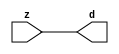

//------> ./rtl_mgc_ioport.v 
//------------------------------------------------------------------
//                M G C _ I O P O R T _ C O M P S
//------------------------------------------------------------------

//------------------------------------------------------------------
//                       M O D U L E S
//------------------------------------------------------------------

//------------------------------------------------------------------
//-- INPUT ENTITIES
//------------------------------------------------------------------

module mgc_in_wire (d, z);

  parameter integer rscid = 1;
  parameter integer width = 8;

  output [width-1:0] d;
  input  [width-1:0] z;

  wire   [width-1:0] d;

  assign d = z;

endmodule

//------------------------------------------------------------------

module mgc_in_wire_en (ld, d, lz, z);

  parameter integer rscid = 1;
  parameter integer width = 8;

  input              ld;
  output [width-1:0] d;
  output             lz;
  input  [width-1:0] z;

  wire   [width-1:0] d;
  wire               lz;

  assign d = z;
  assign lz = ld;

endmodule

//------------------------------------------------------------------

module mgc_in_wire_wait (ld, vd, d, lz, vz, z);

  parameter integer rscid = 1;
  parameter integer width = 8;

  input              ld;
  output             vd;
  output [width-1:0] d;
  output             lz;
  input              vz;
  input  [width-1:0] z;

  wire               vd;
  wire   [width-1:0] d;
  wire               lz;

  assign d = z;
  assign lz = ld;
  assign vd = vz;

endmodule
//------------------------------------------------------------------

module mgc_chan_in (ld, vd, d, lz, vz, z, size, req_size, sizez, sizelz);

  parameter integer rscid = 1;
  parameter integer width = 8;
  parameter integer sz_width = 8;

  input              ld;
  output             vd;
  output [width-1:0] d;
  output             lz;
  input              vz;
  input  [width-1:0] z;
  output [sz_width-1:0] size;
  input              req_size;
  input  [sz_width-1:0] sizez;
  output             sizelz;


  wire               vd;
  wire   [width-1:0] d;
  wire               lz;
  wire   [sz_width-1:0] size;
  wire               sizelz;

  assign d = z;
  assign lz = ld;
  assign vd = vz;
  assign size = sizez;
  assign sizelz = req_size;

endmodule


//------------------------------------------------------------------
//-- OUTPUT ENTITIES
//------------------------------------------------------------------

module mgc_out_stdreg (d, z);

  parameter integer rscid = 1;
  parameter integer width = 8;

  input    [width-1:0] d;
  output   [width-1:0] z;

  wire     [width-1:0] z;

  assign z = d;

endmodule

//------------------------------------------------------------------

module mgc_out_stdreg_en (ld, d, lz, z);

  parameter integer rscid = 1;
  parameter integer width = 8;

  input              ld;
  input  [width-1:0] d;
  output             lz;
  output [width-1:0] z;

  wire               lz;
  wire   [width-1:0] z;

  assign z = d;
  assign lz = ld;

endmodule

//------------------------------------------------------------------

module mgc_out_stdreg_wait (ld, vd, d, lz, vz, z);

  parameter integer rscid = 1;
  parameter integer width = 8;

  input              ld;
  output             vd;
  input  [width-1:0] d;
  output             lz;
  input              vz;
  output [width-1:0] z;

  wire               vd;
  wire               lz;
  wire   [width-1:0] z;

  assign z = d;
  assign lz = ld;
  assign vd = vz;

endmodule

//------------------------------------------------------------------

module mgc_out_prereg_en (ld, d, lz, z);

    parameter integer rscid = 1;
    parameter integer width = 8;

    input              ld;
    input  [width-1:0] d;
    output             lz;
    output [width-1:0] z;

    wire               lz;
    wire   [width-1:0] z;

    assign z = d;
    assign lz = ld;

endmodule

//------------------------------------------------------------------
//-- INOUT ENTITIES
//------------------------------------------------------------------

module mgc_inout_stdreg_en (ldin, din, ldout, dout, lzin, lzout, z);

    parameter integer rscid = 1;
    parameter integer width = 8;

    input              ldin;
    output [width-1:0] din;
    input              ldout;
    input  [width-1:0] dout;
    output             lzin;
    output             lzout;
    inout  [width-1:0] z;

    wire   [width-1:0] din;
    wire               lzin;
    wire               lzout;
    wire   [width-1:0] z;

    assign lzin = ldin;
    assign din = ldin ? z : {width{1'bz}};
    assign lzout = ldout;
    assign z = ldout ? dout : {width{1'bz}};

endmodule

//------------------------------------------------------------------
module hid_tribuf( I_SIG, ENABLE, O_SIG);
  parameter integer width = 8;

  input [width-1:0] I_SIG;
  input ENABLE;
  inout [width-1:0] O_SIG;

  assign O_SIG = (ENABLE) ? I_SIG : { width{1'bz}};

endmodule
//------------------------------------------------------------------

module mgc_inout_stdreg_wait (ldin, vdin, din, ldout, vdout, dout, lzin, vzin, lzout, vzout, z);

    parameter integer rscid = 1;
    parameter integer width = 8;

    input              ldin;
    output             vdin;
    output [width-1:0] din;
    input              ldout;
    output             vdout;
    input  [width-1:0] dout;
    output             lzin;
    input              vzin;
    output             lzout;
    input              vzout;
    inout  [width-1:0] z;

    wire               vdin;
    wire   [width-1:0] din;
    wire               vdout;
    wire               lzin;
    wire               lzout;
    wire   [width-1:0] z;
    wire   ldout_and_vzout;

    assign lzin = ldin;
    assign vdin = vzin;
    assign din = ldin ? z : {width{1'bz}};
    assign lzout = ldout;
    assign vdout = vzout ;
    assign ldout_and_vzout = ldout && vzout ;

    hid_tribuf #(width) tb( .I_SIG(dout),
                            .ENABLE(ldout_and_vzout),
                            .O_SIG(z) );

endmodule

//------------------------------------------------------------------

module mgc_inout_buf_wait (clk, en, arst, srst, ldin, vdin, din, ldout, vdout, dout, lzin, vzin, lzout, vzout, z);

    parameter integer rscid   = 0; // resource ID
    parameter integer width   = 8; // fifo width
    parameter         ph_clk  =  1'b1; // clock polarity 1=rising edge, 0=falling edge
    parameter         ph_en   =  1'b1; // clock enable polarity
    parameter         ph_arst =  1'b1; // async reset polarity
    parameter         ph_srst =  1'b1; // sync reset polarity

    input              clk;
    input              en;
    input              arst;
    input              srst;
    input              ldin;
    output             vdin;
    output [width-1:0] din;
    input              ldout;
    output             vdout;
    input  [width-1:0] dout;
    output             lzin;
    input              vzin;
    output             lzout;
    input              vzout;
    inout  [width-1:0] z;

    wire               lzout_buf;
    wire               vzout_buf;
    wire   [width-1:0] z_buf;
    wire               vdin;
    wire   [width-1:0] din;
    wire               vdout;
    wire               lzin;
    wire               lzout;
    wire   [width-1:0] z;

    assign lzin = ldin;
    assign vdin = vzin;
    assign din = ldin ? z : {width{1'bz}};
    assign lzout = lzout_buf & ~ldin;
    assign vzout_buf = vzout & ~ldin;
    hid_tribuf #(width) tb( .I_SIG(z_buf),
                            .ENABLE((lzout_buf && (!ldin) && vzout) ),
                            .O_SIG(z)  );

    mgc_out_buf_wait
    #(
        .rscid   (rscid),
        .width   (width),
        .ph_clk  (ph_clk),
        .ph_en   (ph_en),
        .ph_arst (ph_arst),
        .ph_srst (ph_srst)
    )
    BUFF
    (
        .clk     (clk),
        .en      (en),
        .arst    (arst),
        .srst    (srst),
        .ld      (ldout),
        .vd      (vdout),
        .d       (dout),
        .lz      (lzout_buf),
        .vz      (vzout_buf),
        .z       (z_buf)
    );


endmodule

module mgc_inout_fifo_wait (clk, en, arst, srst, ldin, vdin, din, ldout, vdout, dout, lzin, vzin, lzout, vzout, z);

    parameter integer rscid   = 0; // resource ID
    parameter integer width   = 8; // fifo width
    parameter integer fifo_sz = 8; // fifo depth
    parameter         ph_clk  = 1'b1;  // clock polarity 1=rising edge, 0=falling edge
    parameter         ph_en   = 1'b1;  // clock enable polarity
    parameter         ph_arst = 1'b1;  // async reset polarity
    parameter         ph_srst = 1'b1;  // sync reset polarity
    parameter integer ph_log2 = 3;     // log2(fifo_sz)
    parameter integer pwropt  = 0;     // pwropt

    input              clk;
    input              en;
    input              arst;
    input              srst;
    input              ldin;
    output             vdin;
    output [width-1:0] din;
    input              ldout;
    output             vdout;
    input  [width-1:0] dout;
    output             lzin;
    input              vzin;
    output             lzout;
    input              vzout;
    inout  [width-1:0] z;

    wire               lzout_buf;
    wire               vzout_buf;
    wire   [width-1:0] z_buf;
    wire               comb;
    wire               vdin;
    wire   [width-1:0] din;
    wire               vdout;
    wire               lzin;
    wire               lzout;
    wire   [width-1:0] z;

    assign lzin = ldin;
    assign vdin = vzin;
    assign din = ldin ? z : {width{1'bz}};
    assign lzout = lzout_buf & ~ldin;
    assign vzout_buf = vzout & ~ldin;
    assign comb = (lzout_buf && (!ldin) && vzout);

    hid_tribuf #(width) tb2( .I_SIG(z_buf), .ENABLE(comb), .O_SIG(z)  );

    mgc_out_fifo_wait
    #(
        .rscid   (rscid),
        .width   (width),
        .fifo_sz (fifo_sz),
        .ph_clk  (ph_clk),
        .ph_en   (ph_en),
        .ph_arst (ph_arst),
        .ph_srst (ph_srst),
        .ph_log2 (ph_log2),
        .pwropt  (pwropt)
    )
    FIFO
    (
        .clk   (clk),
        .en      (en),
        .arst    (arst),
        .srst    (srst),
        .ld      (ldout),
        .vd      (vdout),
        .d       (dout),
        .lz      (lzout_buf),
        .vz      (vzout_buf),
        .z       (z_buf)
    );

endmodule

//------------------------------------------------------------------
//-- I/O SYNCHRONIZATION ENTITIES
//------------------------------------------------------------------

module mgc_io_sync (ld, lz);

    input  ld;
    output lz;

    assign lz = ld;

endmodule

module mgc_bsync_rdy (rd, rz);

    parameter integer rscid   = 0; // resource ID
    parameter ready = 1;
    parameter valid = 0;

    input  rd;
    output rz;

    wire   rz;

    assign rz = rd;

endmodule

module mgc_bsync_vld (vd, vz);

    parameter integer rscid   = 0; // resource ID
    parameter ready = 0;
    parameter valid = 1;

    output vd;
    input  vz;

    wire   vd;

    assign vd = vz;

endmodule

module mgc_bsync_rv (rd, vd, rz, vz);

    parameter integer rscid   = 0; // resource ID
    parameter ready = 1;
    parameter valid = 1;

    input  rd;
    output vd;
    output rz;
    input  vz;

    wire   vd;
    wire   rz;

    assign rz = rd;
    assign vd = vz;

endmodule

//------------------------------------------------------------------

module mgc_sync (ldin, vdin, ldout, vdout);

  input  ldin;
  output vdin;
  input  ldout;
  output vdout;

  wire   vdin;
  wire   vdout;

  assign vdin = ldout;
  assign vdout = ldin;

endmodule

///////////////////////////////////////////////////////////////////////////////
// dummy function used to preserve funccalls for modulario
// it looks like a memory read to the caller
///////////////////////////////////////////////////////////////////////////////
module funccall_inout (d, ad, bd, z, az, bz);

  parameter integer ram_id = 1;
  parameter integer width = 8;
  parameter integer addr_width = 8;

  output [width-1:0]       d;
  input  [addr_width-1:0]  ad;
  input                    bd;
  input  [width-1:0]       z;
  output [addr_width-1:0]  az;
  output                   bz;

  wire   [width-1:0]       d;
  wire   [addr_width-1:0]  az;
  wire                     bz;

  assign d  = z;
  assign az = ad;
  assign bz = bd;

endmodule


///////////////////////////////////////////////////////////////////////////////
// inlinable modular io not otherwise found in mgc_ioport
///////////////////////////////////////////////////////////////////////////////

module modulario_en_in (vd, d, vz, z);

  parameter integer rscid = 1;
  parameter integer width = 8;

  output             vd;
  output [width-1:0] d;
  input              vz;
  input  [width-1:0] z;

  wire   [width-1:0] d;
  wire               vd;

  assign d = z;
  assign vd = vz;

endmodule

//------> ./rtl_mgc_ioport_v2001.v 
//------------------------------------------------------------------

module mgc_out_reg_pos (clk, en, arst, srst, ld, d, lz, z);

    parameter integer rscid   = 1;
    parameter integer width   = 8;
    parameter         ph_en   =  1'b1;
    parameter         ph_arst =  1'b1;
    parameter         ph_srst =  1'b1;

    input              clk;
    input              en;
    input              arst;
    input              srst;
    input              ld;
    input  [width-1:0] d;
    output             lz;
    output [width-1:0] z;

    reg                lz;
    reg    [width-1:0] z;

    generate
    if (ph_arst == 1'b0)
    begin: NEG_ARST
        always @(posedge clk or negedge arst)
        if (arst == 1'b0)
        begin: B1
            lz <= 1'b0;
            z  <= {width{1'b0}};
        end
        else if (srst == ph_srst)
        begin: B2
            lz <= 1'b0;
            z  <= {width{1'b0}};
        end
        else if (en == ph_en)
        begin: B3
            lz <= ld;
            z  <= (ld) ? d : z;
        end
    end
    else
    begin: POS_ARST
        always @(posedge clk or posedge arst)
        if (arst == 1'b1)
        begin: B1
            lz <= 1'b0;
            z  <= {width{1'b0}};
        end
        else if (srst == ph_srst)
        begin: B2
            lz <= 1'b0;
            z  <= {width{1'b0}};
        end
        else if (en == ph_en)
        begin: B3
            lz <= ld;
            z  <= (ld) ? d : z;
        end
    end
    endgenerate

endmodule

//------------------------------------------------------------------

module mgc_out_reg_neg (clk, en, arst, srst, ld, d, lz, z);

    parameter integer rscid   = 1;
    parameter integer width   = 8;
    parameter         ph_en   =  1'b1;
    parameter         ph_arst =  1'b1;
    parameter         ph_srst =  1'b1;

    input              clk;
    input              en;
    input              arst;
    input              srst;
    input              ld;
    input  [width-1:0] d;
    output             lz;
    output [width-1:0] z;

    reg                lz;
    reg    [width-1:0] z;

    generate
    if (ph_arst == 1'b0)
    begin: NEG_ARST
        always @(negedge clk or negedge arst)
        if (arst == 1'b0)
        begin: B1
            lz <= 1'b0;
            z  <= {width{1'b0}};
        end
        else if (srst == ph_srst)
        begin: B2
            lz <= 1'b0;
            z  <= {width{1'b0}};
        end
        else if (en == ph_en)
        begin: B3
            lz <= ld;
            z  <= (ld) ? d : z;
        end
    end
    else
    begin: POS_ARST
        always @(negedge clk or posedge arst)
        if (arst == 1'b1)
        begin: B1
            lz <= 1'b0;
            z  <= {width{1'b0}};
        end
        else if (srst == ph_srst)
        begin: B2
            lz <= 1'b0;
            z  <= {width{1'b0}};
        end
        else if (en == ph_en)
        begin: B3
            lz <= ld;
            z  <= (ld) ? d : z;
        end
    end
    endgenerate

endmodule

//------------------------------------------------------------------

module mgc_out_reg (clk, en, arst, srst, ld, d, lz, z); // Not Supported

    parameter integer rscid   = 1;
    parameter integer width   = 8;
    parameter         ph_clk  =  1'b1;
    parameter         ph_en   =  1'b1;
    parameter         ph_arst =  1'b1;
    parameter         ph_srst =  1'b1;

    input              clk;
    input              en;
    input              arst;
    input              srst;
    input              ld;
    input  [width-1:0] d;
    output             lz;
    output [width-1:0] z;


    generate
    if (ph_clk == 1'b0)
    begin: NEG_EDGE

        mgc_out_reg_neg
        #(
            .rscid   (rscid),
            .width   (width),
            .ph_en   (ph_en),
            .ph_arst (ph_arst),
            .ph_srst (ph_srst)
        )
        mgc_out_reg_neg_inst
        (
            .clk     (clk),
            .en      (en),
            .arst    (arst),
            .srst    (srst),
            .ld      (ld),
            .d       (d),
            .lz      (lz),
            .z       (z)
        );

    end
    else
    begin: POS_EDGE

        mgc_out_reg_pos
        #(
            .rscid   (rscid),
            .width   (width),
            .ph_en   (ph_en),
            .ph_arst (ph_arst),
            .ph_srst (ph_srst)
        )
        mgc_out_reg_pos_inst
        (
            .clk     (clk),
            .en      (en),
            .arst    (arst),
            .srst    (srst),
            .ld      (ld),
            .d       (d),
            .lz      (lz),
            .z       (z)
        );

    end
    endgenerate

endmodule




//------------------------------------------------------------------

module mgc_out_buf_wait (clk, en, arst, srst, ld, vd, d, vz, lz, z); // Not supported

    parameter integer rscid   = 1;
    parameter integer width   = 8;
    parameter         ph_clk  =  1'b1;
    parameter         ph_en   =  1'b1;
    parameter         ph_arst =  1'b1;
    parameter         ph_srst =  1'b1;

    input              clk;
    input              en;
    input              arst;
    input              srst;
    input              ld;
    output             vd;
    input  [width-1:0] d;
    output             lz;
    input              vz;
    output [width-1:0] z;

    wire               filled;
    wire               filled_next;
    wire   [width-1:0] abuf;
    wire               lbuf;


    assign filled_next = (filled & (~vz)) | (filled & ld) | (ld & (~vz));

    assign lbuf = ld & ~(filled ^ vz);

    assign vd = vz | ~filled;

    assign lz = ld | filled;

    assign z = (filled) ? abuf : d;

    wire dummy;
    wire dummy_bufreg_lz;

    // Output registers:
    mgc_out_reg
    #(
        .rscid   (rscid),
        .width   (1'b1),
        .ph_clk  (ph_clk),
        .ph_en   (ph_en),
        .ph_arst (ph_arst),
        .ph_srst (ph_srst)
    )
    STATREG
    (
        .clk     (clk),
        .en      (en),
        .arst    (arst),
        .srst    (srst),
        .ld      (filled_next),
        .d       (1'b0),       // input d is unused
        .lz      (filled),
        .z       (dummy)            // output z is unused
    );

    mgc_out_reg
    #(
        .rscid   (rscid),
        .width   (width),
        .ph_clk  (ph_clk),
        .ph_en   (ph_en),
        .ph_arst (ph_arst),
        .ph_srst (ph_srst)
    )
    BUFREG
    (
        .clk     (clk),
        .en      (en),
        .arst    (arst),
        .srst    (srst),
        .ld      (lbuf),
        .d       (d),
        .lz      (dummy_bufreg_lz),
        .z       (abuf)
    );

endmodule

//------------------------------------------------------------------

module mgc_out_fifo_wait (clk, en, arst, srst, ld, vd, d, lz, vz,  z);

    parameter integer rscid   = 0; // resource ID
    parameter integer width   = 8; // fifo width
    parameter integer fifo_sz = 8; // fifo depth
    parameter         ph_clk  = 1'b1; // clock polarity 1=rising edge, 0=falling edge
    parameter         ph_en   = 1'b1; // clock enable polarity
    parameter         ph_arst = 1'b1; // async reset polarity
    parameter         ph_srst = 1'b1; // sync reset polarity
    parameter integer ph_log2 = 3; // log2(fifo_sz)
    parameter integer pwropt  = 0; // pwropt


    input                 clk;
    input                 en;
    input                 arst;
    input                 srst;
    input                 ld;    // load data
    output                vd;    // fifo full active low
    input     [width-1:0] d;
    output                lz;    // fifo ready to send
    input                 vz;    // dest ready for data
    output    [width-1:0] z;

    wire    [31:0]      size;


      // Output registers:
 mgc_out_fifo_wait_core#(
        .rscid   (rscid),
        .width   (width),
        .sz_width (32),
        .fifo_sz (fifo_sz),
        .ph_clk  (ph_clk),
        .ph_en   (ph_en),
        .ph_arst (ph_arst),
        .ph_srst (ph_srst),
        .ph_log2 (ph_log2),
        .pwropt  (pwropt)
        ) CORE (
        .clk (clk),
        .en (en),
        .arst (arst),
        .srst (srst),
        .ld (ld),
        .vd (vd),
        .d (d),
        .lz (lz),
        .vz (vz),
        .z (z),
        .size (size)
        );

endmodule



module mgc_out_fifo_wait_core (clk, en, arst, srst, ld, vd, d, lz, vz,  z, size);

    parameter integer rscid   = 0; // resource ID
    parameter integer width   = 8; // fifo width
    parameter integer sz_width = 8; // size of port for elements in fifo
    parameter integer fifo_sz = 8; // fifo depth
    parameter         ph_clk  =  1'b1; // clock polarity 1=rising edge, 0=falling edge
    parameter         ph_en   =  1'b1; // clock enable polarity
    parameter         ph_arst =  1'b1; // async reset polarity
    parameter         ph_srst =  1'b1; // sync reset polarity
    parameter integer ph_log2 = 3; // log2(fifo_sz)
    parameter integer pwropt  = 0; // pwropt

   localparam integer  fifo_b = width * fifo_sz;

    input                 clk;
    input                 en;
    input                 arst;
    input                 srst;
    input                 ld;    // load data
    output                vd;    // fifo full active low
    input     [width-1:0] d;
    output                lz;    // fifo ready to send
    input                 vz;    // dest ready for data
    output    [width-1:0] z;
    output    [sz_width-1:0]      size;

    reg      [( (fifo_sz > 0) ? fifo_sz : 1)-1:0] stat_pre;
    wire     [( (fifo_sz > 0) ? fifo_sz : 1)-1:0] stat;
    reg      [( (fifo_b > 0) ? fifo_b : 1)-1:0] buff_pre;
    wire     [( (fifo_b > 0) ? fifo_b : 1)-1:0] buff;
    reg      [( (fifo_sz > 0) ? fifo_sz : 1)-1:0] en_l;
    reg      [(((fifo_sz > 0) ? fifo_sz : 1)-1)/8:0] en_l_s;

    reg       [width-1:0] buff_nxt;

    reg                   stat_nxt;
    reg                   stat_before;
    reg                   stat_after;
    reg                   en_l_var;

    integer               i;
    genvar                eni;

    wire [32:0]           size_t;
    reg [31:0]            count;
    reg [31:0]            count_t;
    reg [32:0]            n_elem;
// pragma translate_off
    reg [31:0]            peak;
// pragma translate_on

    wire [( (fifo_sz > 0) ? fifo_sz : 1)-1:0] dummy_statreg_lz;
    wire [( (fifo_b > 0) ? fifo_b : 1)-1:0] dummy_bufreg_lz;

    generate
    if ( fifo_sz > 0 )
    begin: FIFO_REG
      assign vd = vz | ~stat[0];
      assign lz = ld | stat[fifo_sz-1];
      assign size_t = (count - (vz && stat[fifo_sz-1])) + ld;
      assign size = size_t[sz_width-1:0];
      assign z = (stat[fifo_sz-1]) ? buff[fifo_b-1:width*(fifo_sz-1)] : d;

      always @(*)
      begin: FIFOPROC
        n_elem = 33'b0;
        for (i = fifo_sz-1; i >= 0; i = i - 1)
        begin
          if (i != 0)
            stat_before = stat[i-1];
          else
            stat_before = 1'b0;

          if (i != (fifo_sz-1))
            stat_after = stat[i+1];
          else
            stat_after = 1'b1;

          stat_nxt = stat_after &
                    (stat_before | (stat[i] & (~vz)) | (stat[i] & ld) | (ld & (~vz)));

          stat_pre[i] = stat_nxt;
          en_l_var = 1'b1;
          if (!stat_nxt)
            begin
              buff_nxt = {width{1'b0}};
              en_l_var = 1'b0;
            end
          else if (vz && stat_before)
            buff_nxt[0+:width] = buff[width*(i-1)+:width];
          else if (ld && !((vz && stat_before) || ((!vz) && stat[i])))
            buff_nxt = d;
          else
            begin
              if (pwropt == 0)
                buff_nxt[0+:width] = buff[width*i+:width];
              else
                buff_nxt = {width{1'b0}};
              en_l_var = 1'b0;
            end

          if (ph_en != 0)
            en_l[i] = en & en_l_var;
          else
            en_l[i] = en | ~en_l_var;

          buff_pre[width*i+:width] = buff_nxt[0+:width];

          if ((stat_after == 1'b1) && (stat[i] == 1'b0))
            n_elem = ($unsigned(fifo_sz) - 1) - i;
        end

        if (ph_en != 0)
          en_l_s[(((fifo_sz > 0) ? fifo_sz : 1)-1)/8] = 1'b1;
        else
          en_l_s[(((fifo_sz > 0) ? fifo_sz : 1)-1)/8] = 1'b0;

        for (i = fifo_sz-1; i >= 7; i = i - 1)
        begin
          if ((i%'d2) == 0)
          begin
            if (ph_en != 0)
              en_l_s[(i/8)-1] = en & (stat[i]|stat_pre[i-1]);
            else
              en_l_s[(i/8)-1] = en | ~(stat[i]|stat_pre[i-1]);
          end
        end

        if ( stat[fifo_sz-1] == 1'b0 )
          count_t = 32'b0;
        else if ( stat[0] == 1'b1 )
          count_t = { {(32-ph_log2){1'b0}}, fifo_sz};
        else
          count_t = n_elem[31:0];
        count = count_t;
// pragma translate_off
        if ( peak < count )
          peak = count;
// pragma translate_on
      end

      if (pwropt == 0)
      begin: NOCGFIFO
        // Output registers:
        mgc_out_reg
        #(
            .rscid   (rscid),
            .width   (fifo_sz),
            .ph_clk  (ph_clk),
            .ph_en   (ph_en),
            .ph_arst (ph_arst),
            .ph_srst (ph_srst)
        )
        STATREG
        (
            .clk     (clk),
            .en      (en),
            .arst    (arst),
            .srst    (srst),
            .ld      (1'b1),
            .d       (stat_pre),
            .lz      (dummy_statreg_lz[0]),
            .z       (stat)
        );
        mgc_out_reg
        #(
            .rscid   (rscid),
            .width   (fifo_b),
            .ph_clk  (ph_clk),
            .ph_en   (ph_en),
            .ph_arst (ph_arst),
            .ph_srst (ph_srst)
        )
        BUFREG
        (
            .clk     (clk),
            .en      (en),
            .arst    (arst),
            .srst    (srst),
            .ld      (1'b1),
            .d       (buff_pre),
            .lz      (dummy_bufreg_lz[0]),
            .z       (buff)
        );
      end
      else
      begin: CGFIFO
        // Output registers:
        if ( pwropt > 1)
        begin: CGSTATFIFO2
          for (eni = fifo_sz-1; eni >= 0; eni = eni - 1)
          begin: pwroptGEN1
            mgc_out_reg
            #(
              .rscid   (rscid),
              .width   (1),
              .ph_clk  (ph_clk),
              .ph_en   (ph_en),
              .ph_arst (ph_arst),
              .ph_srst (ph_srst)
            )
            STATREG
            (
              .clk     (clk),
              .en      (en_l_s[eni/8]),
              .arst    (arst),
              .srst    (srst),
              .ld      (1'b1),
              .d       (stat_pre[eni]),
              .lz      (dummy_statreg_lz[eni]),
              .z       (stat[eni])
            );
          end
        end
        else
        begin: CGSTATFIFO
          mgc_out_reg
          #(
            .rscid   (rscid),
            .width   (fifo_sz),
            .ph_clk  (ph_clk),
            .ph_en   (ph_en),
            .ph_arst (ph_arst),
            .ph_srst (ph_srst)
          )
          STATREG
          (
            .clk     (clk),
            .en      (en),
            .arst    (arst),
            .srst    (srst),
            .ld      (1'b1),
            .d       (stat_pre),
            .lz      (dummy_statreg_lz[0]),
            .z       (stat)
          );
        end
        for (eni = fifo_sz-1; eni >= 0; eni = eni - 1)
        begin: pwroptGEN2
          mgc_out_reg
          #(
            .rscid   (rscid),
            .width   (width),
            .ph_clk  (ph_clk),
            .ph_en   (ph_en),
            .ph_arst (ph_arst),
            .ph_srst (ph_srst)
          )
          BUFREG
          (
            .clk     (clk),
            .en      (en_l[eni]),
            .arst    (arst),
            .srst    (srst),
            .ld      (1'b1),
            .d       (buff_pre[width*eni+:width]),
            .lz      (dummy_bufreg_lz[eni]),
            .z       (buff[width*eni+:width])
          );
        end
      end
    end
    else
    begin: FEED_THRU
      assign vd = vz;
      assign lz = ld;
      assign z = d;
      assign size = ld && !vz;
    end
    endgenerate

endmodule

//------------------------------------------------------------------
//-- PIPE ENTITIES
//------------------------------------------------------------------
/*
 *
 *             _______________________________________________
 * WRITER    |                                               |          READER
 *           |           MGC_PIPE                            |
 *           |           __________________________          |
 *        --<| vdout  --<| vd ---------------  vz<|-----ldin<|---
 *           |           |      FIFO              |          |
 *        ---|>ldout  ---|>ld ---------------- lz |> ---vdin |>--
 *        ---|>dout -----|>d  ---------------- dz |> ----din |>--
 *           |           |________________________|          |
 *           |_______________________________________________|
 */
// two clock pipe
module mgc_pipe (clk, en, arst, srst, ldin, vdin, din, ldout, vdout, dout, size, req_size);

    parameter integer rscid   = 0; // resource ID
    parameter integer width   = 8; // fifo width
    parameter integer sz_width = 8; // width of size of elements in fifo
    parameter integer fifo_sz = 8; // fifo depth
    parameter integer log2_sz = 3; // log2(fifo_sz)
    parameter         ph_clk  = 1'b1;  // clock polarity 1=rising edge, 0=falling edge
    parameter         ph_en   = 1'b1;  // clock enable polarity
    parameter         ph_arst = 1'b1;  // async reset polarity
    parameter         ph_srst = 1'b1;  // sync reset polarity
    parameter integer pwropt  = 0; // pwropt

    input              clk;
    input              en;
    input              arst;
    input              srst;
    input              ldin;
    output             vdin;
    output [width-1:0] din;
    input              ldout;
    output             vdout;
    input  [width-1:0] dout;
    output [sz_width-1:0]      size;
    input              req_size;


    mgc_out_fifo_wait_core
    #(
        .rscid    (rscid),
        .width    (width),
        .sz_width (sz_width),
        .fifo_sz  (fifo_sz),
        .ph_clk   (ph_clk),
        .ph_en    (ph_en),
        .ph_arst  (ph_arst),
        .ph_srst  (ph_srst),
        .ph_log2  (log2_sz),
        .pwropt   (pwropt)
    )
    FIFO
    (
        .clk     (clk),
        .en      (en),
        .arst    (arst),
        .srst    (srst),
        .ld      (ldout),
        .vd      (vdout),
        .d       (dout),
        .lz      (vdin),
        .vz      (ldin),
        .z       (din),
        .size    (size)
    );

endmodule


//------> ./rtl.v 
// ----------------------------------------------------------------------
//  HLS HDL:        Verilog Netlister
//  HLS Version:    2011a.126 Production Release
//  HLS Date:       Wed Aug  8 00:52:07 PDT 2012
// 
//  Generated by:   jb914@EEWS104A-014
//  Generated date: Wed May 06 14:03:43 2015
// ----------------------------------------------------------------------

// 
// ------------------------------------------------------------------
//  Design Unit:    blue_tint_core_fsm
//  FSM Module
// ------------------------------------------------------------------


module blue_tint_core_fsm (
  clk, en, arst_n, fsm_output
);
  input clk;
  input en;
  input arst_n;
  output [1:0] fsm_output;
  reg [1:0] fsm_output;


  // FSM State Type Declaration for blue_tint_core_fsm_1
  parameter
    st_main = 1'd0,
    st_main_1 = 1'd1,
    state_x = 1'b0;

  reg [0:0] state_var;
  reg [0:0] state_var_NS;


  // Interconnect Declarations for Component Instantiations 
  always @(*)
  begin : blue_tint_core_fsm_1
    case (state_var)
      st_main : begin
        fsm_output = 2'b1;
        state_var_NS = st_main_1;
      end
      st_main_1 : begin
        fsm_output = 2'b10;
        state_var_NS = st_main;
      end
      default : begin
        fsm_output = 2'b00;
        state_var_NS = st_main;
      end
    endcase
  end

  always @(posedge clk or negedge arst_n) begin
    if ( ~ arst_n ) begin
      state_var <= st_main;
    end
    else if ( en ) begin
      state_var <= state_var_NS;
    end
  end

endmodule

// ------------------------------------------------------------------
//  Design Unit:    blue_tint_core
// ------------------------------------------------------------------


module blue_tint_core (
  clk, en, arst_n, video_in_rsc_mgc_in_wire_d, video_out_rsc_mgc_out_stdreg_d, mouse_xy_rsc_mgc_in_wire_d
);
  input clk;
  input en;
  input arst_n;
  input [29:0] video_in_rsc_mgc_in_wire_d;
  output [29:0] video_out_rsc_mgc_out_stdreg_d;
  reg [29:0] video_out_rsc_mgc_out_stdreg_d;
  input [19:0] mouse_xy_rsc_mgc_in_wire_d;


  // Interconnect Declarations
  wire [1:0] fsm_output;
  wire [10:0] else_else_acc_4_itm;
  wire [11:0] nl_else_else_acc_4_itm;
  wire [10:0] else_else_acc_6_itm;
  wire [11:0] nl_else_else_acc_6_itm;


  // Interconnect Declarations for Component Instantiations 
  blue_tint_core_fsm blue_tint_core_fsm_inst (
      .clk(clk),
      .en(en),
      .arst_n(arst_n),
      .fsm_output(fsm_output)
    );
  assign nl_else_else_acc_4_itm = conv_u2u_10_11({(video_in_rsc_mgc_in_wire_d[29:21])
      , 1'b1}) + conv_s2u_10_11({1'b1 , (~ (mouse_xy_rsc_mgc_in_wire_d[8:1])) , 1'b1});
  assign else_else_acc_4_itm = nl_else_else_acc_4_itm[10:0];
  assign nl_else_else_acc_6_itm = conv_u2u_10_11({(video_in_rsc_mgc_in_wire_d[19:11])
      , 1'b1}) + conv_s2u_10_11({1'b1 , (~ (mouse_xy_rsc_mgc_in_wire_d[8:1])) , 1'b1});
  assign else_else_acc_6_itm = nl_else_else_acc_6_itm[10:0];
  always @(posedge clk or negedge arst_n) begin
    if ( ~ arst_n ) begin
      video_out_rsc_mgc_out_stdreg_d <= 30'b0;
    end
    else begin
      if ( en ) begin
        video_out_rsc_mgc_out_stdreg_d <= MUX_v_30_2_2({video_out_rsc_mgc_out_stdreg_d
            , ({(({(else_else_acc_4_itm[9:1]) , (readslicef_2_1_1((({(video_in_rsc_mgc_in_wire_d[20])
            , 1'b1}) + 2'b11)))}) & (signext_10_1(~ (else_else_acc_4_itm[10]))))
            , (({(else_else_acc_6_itm[9:1]) , (readslicef_2_1_1((({(video_in_rsc_mgc_in_wire_d[10])
            , 1'b1}) + 2'b11)))}) & (signext_10_1(~ (else_else_acc_6_itm[10]))))
            , (video_in_rsc_mgc_in_wire_d[9:0])})}, fsm_output[0]);
      end
    end
  end

  function [29:0] MUX_v_30_2_2;
    input [59:0] inputs;
    input [0:0] sel;
    reg [29:0] result;
  begin
    case (sel)
      1'b0 : begin
        result = inputs[59:30];
      end
      1'b1 : begin
        result = inputs[29:0];
      end
      default : begin
        result = inputs[59:30];
      end
    endcase
    MUX_v_30_2_2 = result;
  end
  endfunction


  function [0:0] readslicef_2_1_1;
    input [1:0] vector;
    reg [1:0] tmp;
  begin
    tmp = vector >> 1;
    readslicef_2_1_1 = tmp[0:0];
  end
  endfunction


  function [9:0] signext_10_1;
    input [0:0] vector;
  begin
    signext_10_1= {{9{vector[0]}}, vector};
  end
  endfunction


  function  [10:0] conv_u2u_10_11 ;
    input [9:0]  vector ;
  begin
    conv_u2u_10_11 = {1'b0, vector};
  end
  endfunction


  function  [10:0] conv_s2u_10_11 ;
    input signed [9:0]  vector ;
  begin
    conv_s2u_10_11 = {vector[9], vector};
  end
  endfunction

endmodule

// ------------------------------------------------------------------
//  Design Unit:    blue_tint
//  Generated from file(s):
//    3) $PROJECT_HOME/MouseTintBlue.c
// ------------------------------------------------------------------


module blue_tint (
  video_in_rsc_z, video_out_rsc_z, mouse_xy_rsc_z, clk, en, arst_n
);
  input [29:0] video_in_rsc_z;
  output [29:0] video_out_rsc_z;
  input [19:0] mouse_xy_rsc_z;
  input clk;
  input en;
  input arst_n;


  // Interconnect Declarations
  wire [29:0] video_in_rsc_mgc_in_wire_d;
  wire [29:0] video_out_rsc_mgc_out_stdreg_d;
  wire [19:0] mouse_xy_rsc_mgc_in_wire_d;


  // Interconnect Declarations for Component Instantiations 
  mgc_in_wire #(.rscid(1),
  .width(30)) video_in_rsc_mgc_in_wire (
      .d(video_in_rsc_mgc_in_wire_d),
      .z(video_in_rsc_z)
    );
  mgc_out_stdreg #(.rscid(2),
  .width(30)) video_out_rsc_mgc_out_stdreg (
      .d(video_out_rsc_mgc_out_stdreg_d),
      .z(video_out_rsc_z)
    );
  mgc_in_wire #(.rscid(3),
  .width(20)) mouse_xy_rsc_mgc_in_wire (
      .d(mouse_xy_rsc_mgc_in_wire_d),
      .z(mouse_xy_rsc_z)
    );
  blue_tint_core blue_tint_core_inst (
      .clk(clk),
      .en(en),
      .arst_n(arst_n),
      .video_in_rsc_mgc_in_wire_d(video_in_rsc_mgc_in_wire_d),
      .video_out_rsc_mgc_out_stdreg_d(video_out_rsc_mgc_out_stdreg_d),
      .mouse_xy_rsc_mgc_in_wire_d(mouse_xy_rsc_mgc_in_wire_d)
    );
endmodule